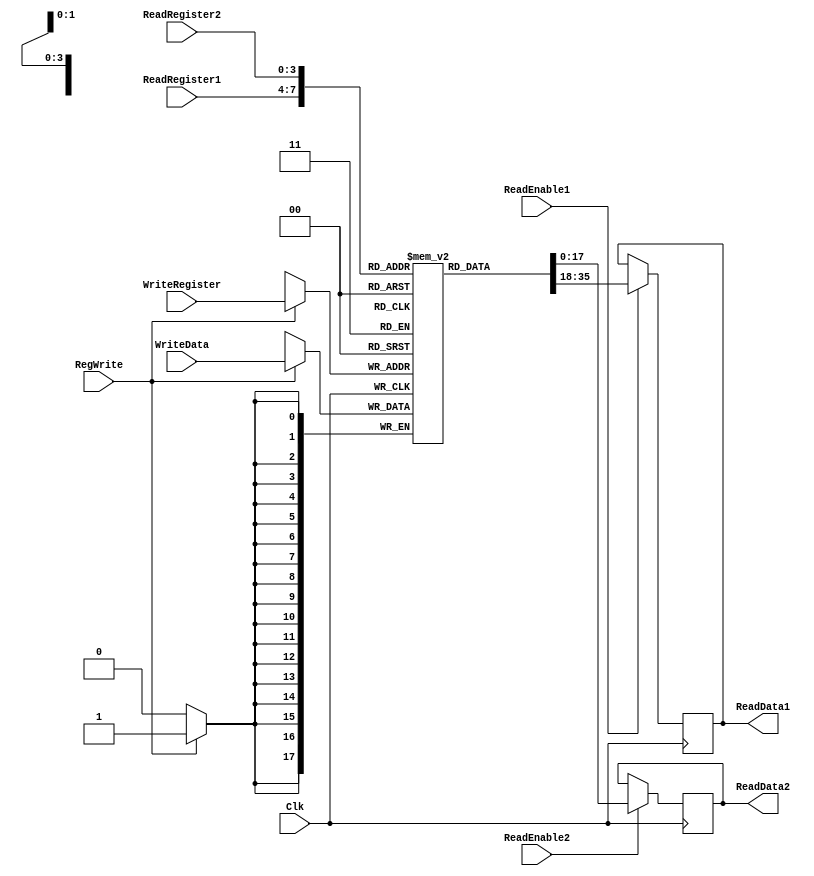
module RegisterFile(ReadEnable1,ReadEnable2,ReadRegister1, ReadRegister2, WriteRegister, WriteData, RegWrite, Clk, ReadData1, ReadData2);

	/* Please fill in the implementation here... */ 
	input [3:0] ReadRegister1,ReadRegister2,WriteRegister;
	input [17:0] WriteData;
	input ReadEnable1,ReadEnable2,RegWrite,Clk;
	
	output reg [17:0] ReadData1,ReadData2;
	
	
	
	 reg [17:0] Registers [0:15];
       
	
	always @(posedge Clk)
	begin
		if (RegWrite == 1) 
		begin
			Registers[WriteRegister] <= WriteData;
		end
        end
        always @(posedge Clk) begin
		if (ReadEnable1 == 1)
		begin
			ReadData1 <= Registers[ReadRegister1];
		end
        end
        always @(posedge Clk) begin
		if (ReadEnable2 == 1)
		begin
			ReadData2 <= Registers[ReadRegister2];
		end
	end
endmodule